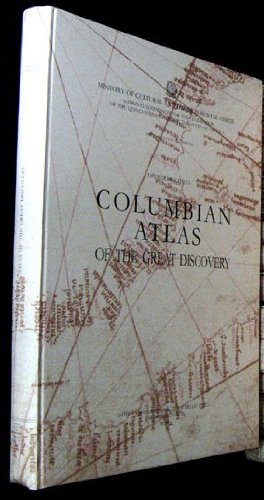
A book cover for Columbian Atlas of the Great Discovery. (Nuova Raccolta Colombiana); Osvaldo Baldacci; Travel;